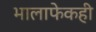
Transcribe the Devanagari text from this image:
भालाफेकही